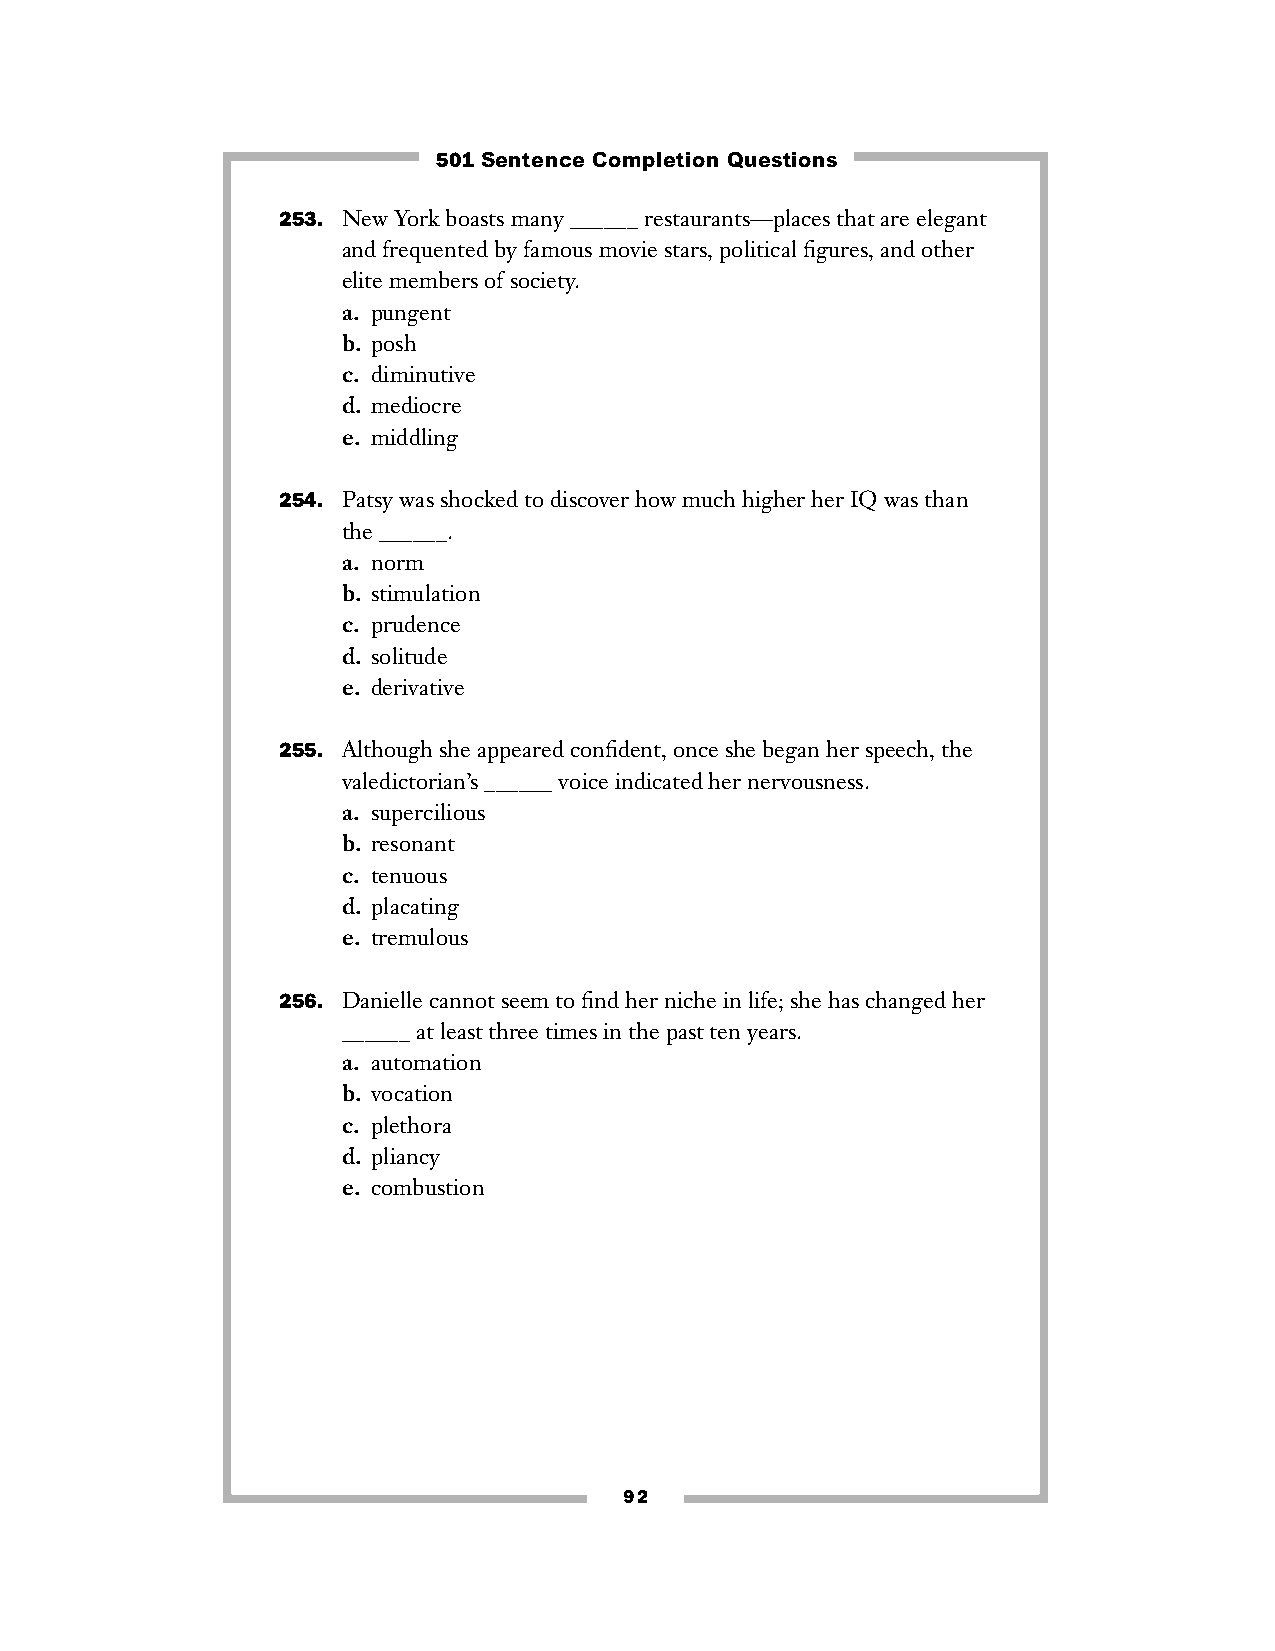
501 Sentence Completion Questions
 253. New York boasts many ______ restaurants—places that are elegant
 and frequented by famous movie stars, political figures, and other
 elite members of society.
 a. pungent
 b. posh
 c. diminutive
 d. mediocre
 e. middling
 254. Patsy was shocked to discover how much higher her IQ was than
 the ______.
 a. norm
 b. stimulation
 c. prudence
 d. solitude
 e. derivative
 255. Although she appeared confident, once she began her speech, the
 valedictorian’s ______ voice indicated her nervousness.
 a. supercilious
 b. resonant
 c. tenuous
 d. placating
 e. tremulous
 256. Danielle cannot seem to find her niche in life; she has changed her
 ______ at least three times in the past ten years.
 a. automation
 b. vocation
 c. plethora
 d. pliancy
 e. combustion
 92